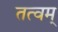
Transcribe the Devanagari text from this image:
तत्वम्